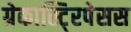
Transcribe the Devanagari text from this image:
ग्रेकास्टि्रपेसस